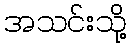
အသင်းသို့